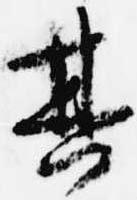
其